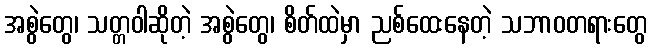
အစွဲတွေ၊ သတ္တဝါဆိုတဲ့ အစွဲတွေ၊ စိတ်ထဲမှာ ညစ်ထေးနေတဲ့ သဘာဝတရားတွေ